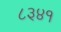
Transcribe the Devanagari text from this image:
८३४१